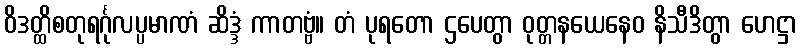
ဝိဒတ္ထိစတုရင်္ဂုလပ္ပမာဏံ ဆိဒ္ဒံ ကာတဗ္ဗံ။ တံ ပုရတော ဌပေတွာ ဝုတ္တနယေနေဝ နိသီဒိတွာ ဟေဋ္ဌာ